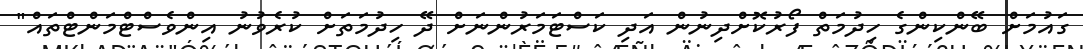
ގައުމަށް ބޭންކިންގެ ހިދުމަތް ފޯރުކޮށްދިނުން އަދި ކަސްޓަމަރުންނަށް ދޭ ހިދުމަތަށް ކުރެވުނު އިންވެސްޓްމަންޓްތައް"